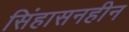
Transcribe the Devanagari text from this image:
सिंहासनहीन